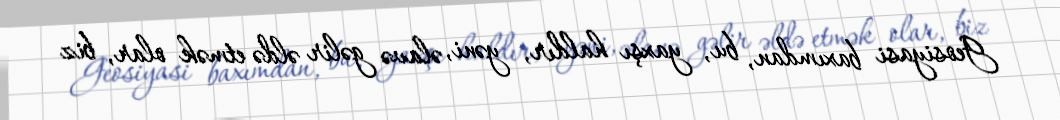
Geosiyasi baxımdan, bu, yaxşı haldır, yəni, əlavə gəlir əldə etmək olar, biz